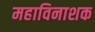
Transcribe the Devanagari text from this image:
महाविनाशक